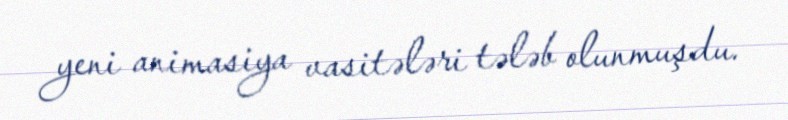
yeni animasiya vasitələri tələb olunmuşdu.